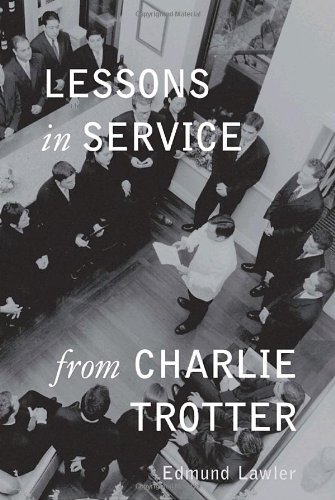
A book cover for Lessons in Service from Charlie Trotter; Edmund Lawler; Business & Money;